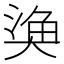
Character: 𭑞